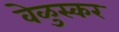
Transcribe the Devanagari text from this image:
वेळुस्कर